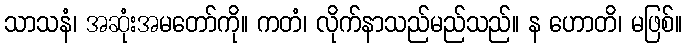
သာသနံ၊ အဆုံးအမတော်ကို။ ကတံ၊ လိုက်နာသည်မည်သည်။ န ဟောတိ၊ မဖြစ်။